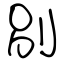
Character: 別